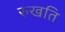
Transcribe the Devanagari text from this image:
रुखति